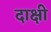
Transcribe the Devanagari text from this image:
दाक्षी